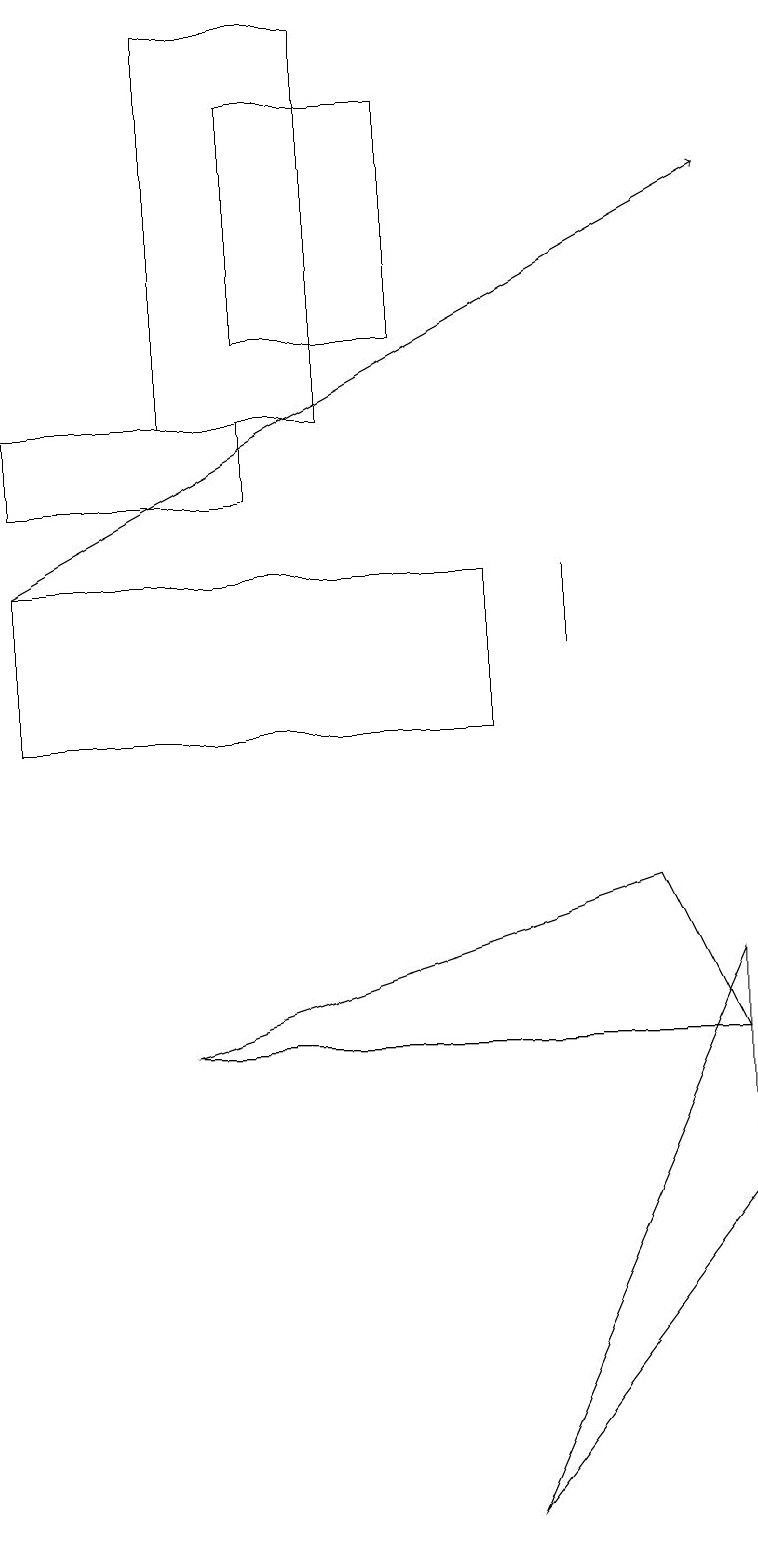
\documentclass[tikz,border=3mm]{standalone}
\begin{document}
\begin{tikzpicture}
\draw (2,14) rectangle (4,19);
\draw (7,11) rectangle (7,12);
\draw (8,8) -- (2,6) -- (9,6) -- cycle;
\draw (6,0) -- (9,4) -- (9,7) -- cycle;
\draw (5,18) rectangle (3,15);
\draw[->] (0,12) -- (9,17);
\draw (0,13) rectangle (3,14);
\draw (6,10) rectangle (0,12);
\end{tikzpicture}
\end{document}